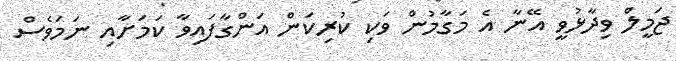
ޖަމީލް ވިދާޅުވީ އޭނާ އެ މަގާމުން ވަކި ކުރިކަން އަންގާފައިވާ ކަމަށާއި ނަމަވެސް